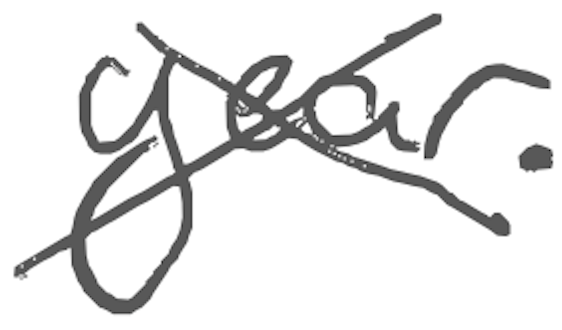
Text: year.
Cross-out: cross
Writing tool: digital_gray